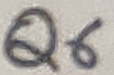
Text: Q6